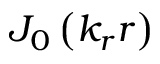
J _ { 0 } \left( k _ { r } r \right)